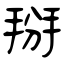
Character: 掰